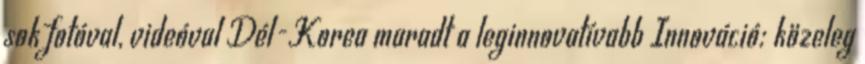
sok fotóval, videóval Dél-Korea maradt a leginnovatívabb Innováció: közeleg